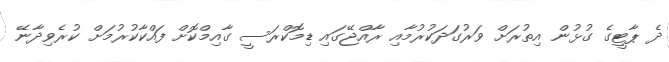
ދެ ޕާޓީގެ ގުޅުން އިތުރަށް ވަރުގަދަކުރުމާއި ރާއްޖޭގައި ޑިމޮކްރަސީ ގާއިމްކޮށް ފައްކާކުރުމަށް ކުރެވިދާނޭ